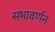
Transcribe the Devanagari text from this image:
सभावर्णन